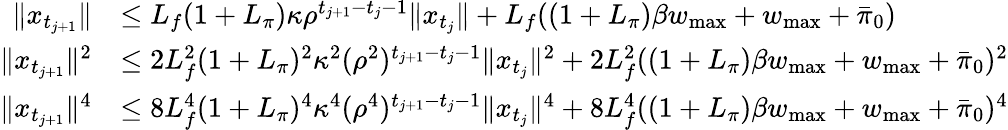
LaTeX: \begin{array}{rl}{\| x_{t_{j+1}}\| }&{\leq L_{f}(1+L_{\pi})\kappa\rho^{t_{j+1}-t_{j}-1}\| x_{t_{j}}\| +L_{f}((1+L_{\pi})\beta w_{\operatorname*{max}}+w_{\operatorname*{max}}+\bar{\pi}_{0})}\\ {\| x_{t_{j+1}}\| ^{2}}&{\leq 2L_{f}^{2}(1+L_{\pi})^{2}\kappa^{2}(\rho^{2})^{t_{j+1}-t_{j}-1}\| x_{t_{j}}\| ^{2}+2L_{f}^{2}((1+L_{\pi})\beta w_{\operatorname*{max}}+w_{\operatorname*{max}}+\bar{\pi}_{0})^{2}}\\ {\| x_{t_{j+1}}\| ^{4}}&{\leq 8L_{f}^{4}(1+L_{\pi})^{4}\kappa^{4}(\rho^{4})^{t_{j+1}-t_{j}-1}\| x_{t_{j}}\| ^{4}+8L_{f}^{4}((1+L_{\pi})\beta w_{\operatorname*{max}}+w_{\operatorname*{max}}+\bar{\pi}_{0})^{4}}\end{array}